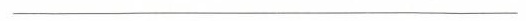
___________________________